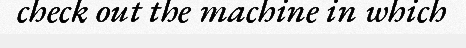
check out the machine in which